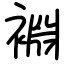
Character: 裫